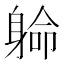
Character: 𨉟